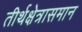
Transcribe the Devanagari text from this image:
तीर्थक्षेत्रासमान